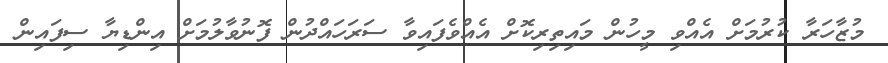
މުޒާހަރާ ކުރުމަށް އެއްވި މީހުން މައިތިރިކޮށް އެއްވެފައިވާ ސަރަހައްދުން ފޮނުވާލުމަށް އިންޑިޔާ ސިފައިން